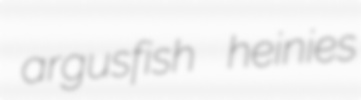
argusfish heinies